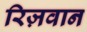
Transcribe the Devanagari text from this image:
रिज़वान